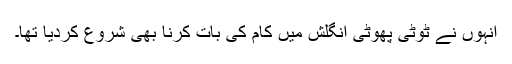
انہوں نے ٹوٹی پھوٹی انگلش میں کام کی بات کرنا بھی شروع کردیا تھا۔